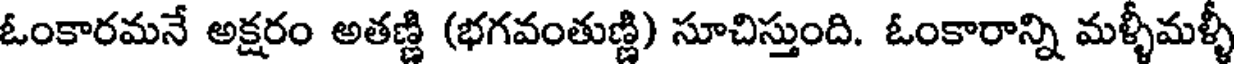
ఓంకారమనే అక్షరం అతణ్ణి (భగవంతుణ్ణి) సూచిస్తుంది. ఓంకారాన్ని మళ్ళీమళ్ళీ